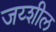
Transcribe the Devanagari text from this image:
जय्शील